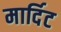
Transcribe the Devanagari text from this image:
मार्दिट